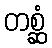
တစ္ဆံ